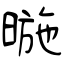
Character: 暆